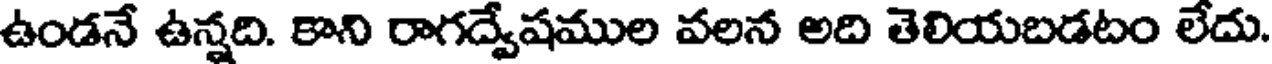
ఉండనే ఉన్నది. కాని రాగద్వేషముల వలన అది తెలియబడటం లేదు.